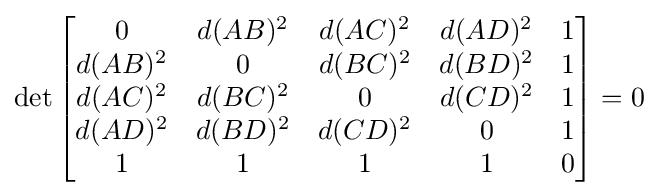
\det {\begin{bmatrix}0&d(AB)^{2}&d(AC)^{2}&d(AD)^{2}&1\\d(AB)^{2}&0&d(BC)^{2}&d(BD)^{2}&1\\d(AC)^{2}&d(BC)^{2}&0&d(CD)^{2}&1\\d(AD)^{2}&d(BD)^{2}&d(CD)^{2}&0&1\\1&1&1&1&0\end{bmatrix}}=0